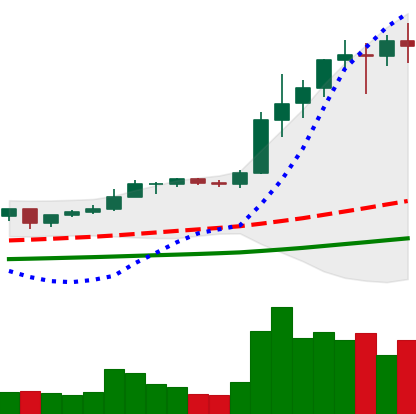
Ticker: ETH-USD
Chart end date: 2021-01-10
Forward return: -7.163%
Label: down_7plus